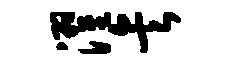
濯矣